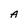
Character: A